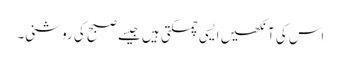
اس کی آنکھیں ایسی چمکتی ہیں جیسے صبح کی روشنی۔